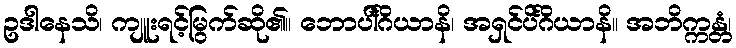
ဥဒါနေသိ၊ ကျူးရင့်မြွက်ဆို၏။ ဘောပါင်္ဂိယာနိ၊ အရှင်ပိင်္ဂိယာနိ။ အဘိက္ကန္တံ၊